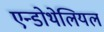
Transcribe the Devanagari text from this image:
एन्डोथेलियल